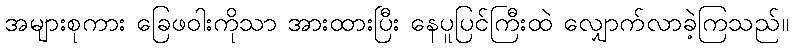
အများစုကား ခြေဖဝါးကိုသာ အားထားပြီး နေပူပြင်ကြီးထဲ လျှောက်လာခဲ့ကြသည်။